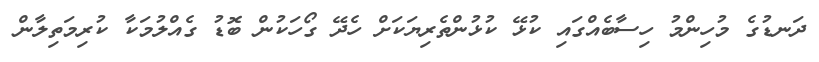
ދަނޑުގެ މުހިންމު ހިސާބެއްގައި ކުޅޭ ކުޅުންތެރިޔަކަށް ހެދޭ ގޯހަކުން ބޮޑު ގެއްލުމަކާ ކުރިމަތިލާން